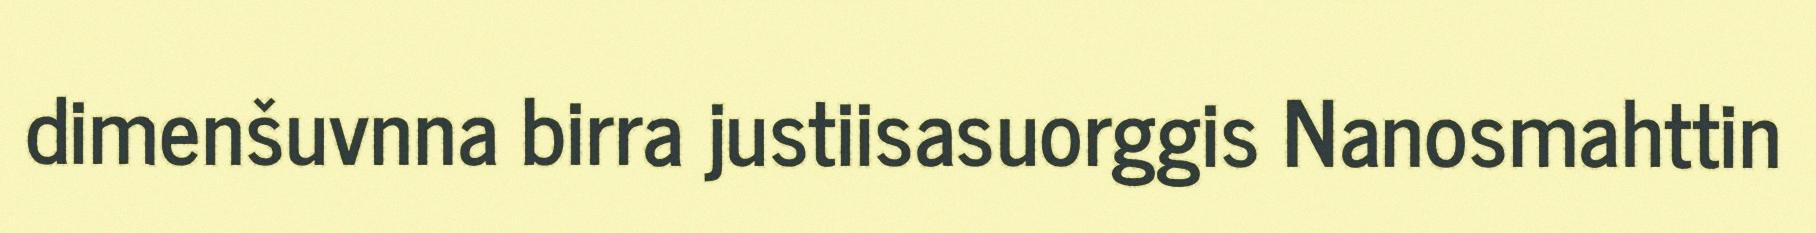
dimenšuvnna birra justiisasuorggis Nanosmahttin